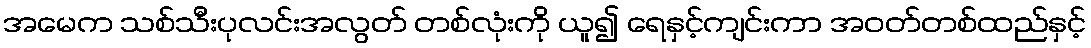
အမေက သစ်သီးပုလင်းအလွတ် တစ်လုံးကို ယူ၍ ရေနှင့်ကျင်းကာ အဝတ်တစ်ထည်နှင့်